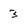
Character: 3